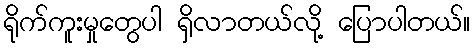
ရိုက်ကူးမှုတွေပါ ရှိလာတယ်လို့ ပြောပါတယ်။